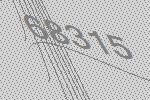
68315